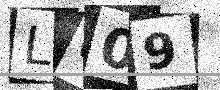
Text: L009